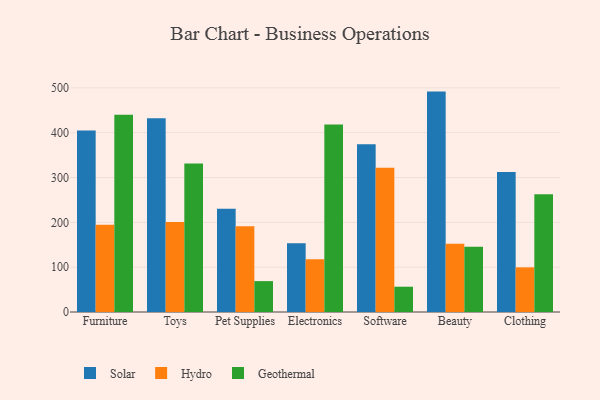
{"axis": {"x": "Category", "y": "Energy Usage (MWh)"}, "legend": ["Geothermal", "Hydro", "Solar"], "data": [{"x": "Furniture", "y": 404.6, "type": "Solar"}, {"x": "Furniture", "y": 194.7, "type": "Hydro"}, {"x": "Furniture", "y": 440.0, "type": "Geothermal"}, {"x": "Toys", "y": 432.0, "type": "Solar"}, {"x": "Toys", "y": 201.0, "type": "Hydro"}, {"x": "Toys", "y": 331.0, "type": "Geothermal"}, {"x": "Pet Supplies", "y": 230.1, "type": "Solar"}, {"x": "Pet Supplies", "y": 191.4, "type": "Hydro"}, {"x": "Pet Supplies", "y": 68.9, "type": "Geothermal"}, {"x": "Electronics", "y": 153.3, "type": "Solar"}, {"x": "Electronics", "y": 117.7, "type": "Hydro"}, {"x": "Electronics", "y": 418.0, "type": "Geothermal"}, {"x": "Software", "y": 374.3, "type": "Solar"}, {"x": "Software", "y": 321.8, "type": "Hydro"}, {"x": "Software", "y": 56.4, "type": "Geothermal"}, {"x": "Beauty", "y": 491.6, "type": "Solar"}, {"x": "Beauty", "y": 152.1, "type": "Hydro"}, {"x": "Beauty", "y": 145.7, "type": "Geothermal"}, {"x": "Clothing", "y": 312.0, "type": "Solar"}, {"x": "Clothing", "y": 99.6, "type": "Hydro"}, {"x": "Clothing", "y": 262.4, "type": "Geothermal"}]}